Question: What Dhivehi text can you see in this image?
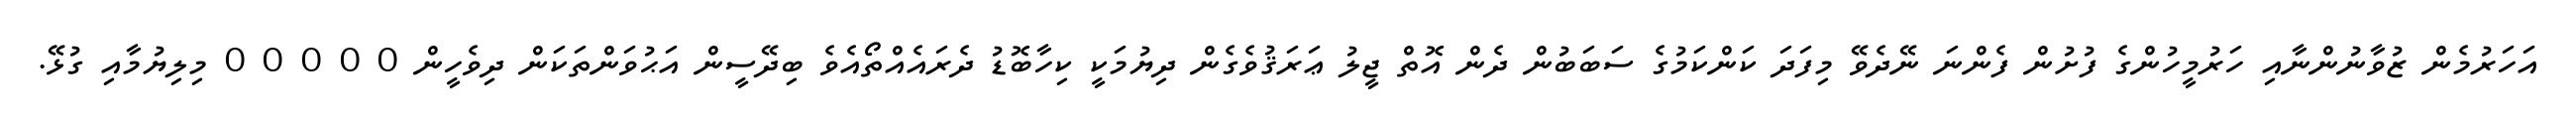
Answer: އަހަރުމެން ޒުވާނުންނާއި ހަރުމީހުންގެ ފުށުން ފެންނަ ނޭދެވޭ މިފަދަ ކަންކަމުގެ ސަބަބުން ދެން އޮތް ޖީލު ޢަރަޤުވެގެން ދިޔުމަކީ ކިހާބޮޑު ދެރައެއްތޯއެވެ ބިދޭސީން އަޙުވަންތަކަން ދިވެހީން 0 0 0 0 0 މިލިޔުމާއި ގުޅޭ.